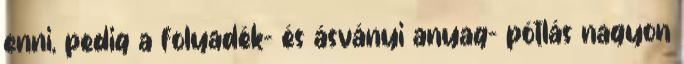
enni, pedig a folyadék- és ásványi anyag- pótlás nagyon